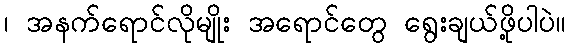
၊ အနက်ရောင်လိုမျိုး အရောင်တွေ ရွေးချယ်ဖို့ပါပဲ။